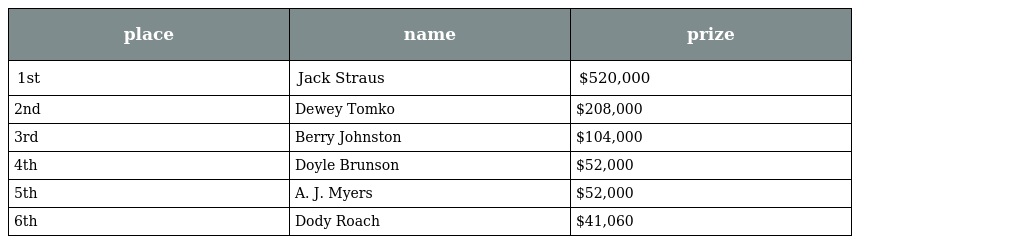
| place | name | prize |
 | --- | --- | --- |
 | 1st | Jack Straus | $520,000 |
 | 2nd | Dewey Tomko | $208,000 |
 | 3rd | Berry Johnston | $104,000 |
 | 4th | Doyle Brunson | $52,000 |
 | 5th | A. J. Myers | $52,000 |
 | 6th | Dody Roach | $41,060 |